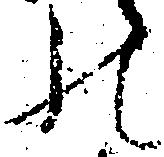
の